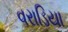
વરાડિયા